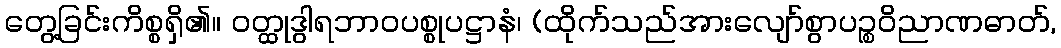
တွေ့ခြင်းကိစ္စရှိ၏။ ဝတ္ထုဒွါရဘာဝပစ္စုပဋ္ဌာနံ၊ (ထိုက်သည်အားလျော်စွာပဉ္စဝိညာဏဓာတ်,